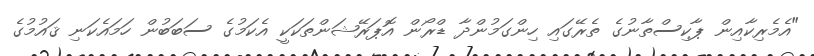
"އެމެރިކާއިން ޕާކިސްތާނުގެ ތެރޭގައި ހިންގަމުންދާ ޑްރޯން އޮޕަރޭޝަންތަކަކީ އެކަމުގެ ސަބަބުން ހަމައެކަނި ޤައުމުގެ